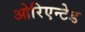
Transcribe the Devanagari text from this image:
ओरिएन्टेड